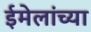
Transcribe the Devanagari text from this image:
ईमेलांच्या